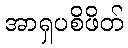
အာရှပစိဖိတ်